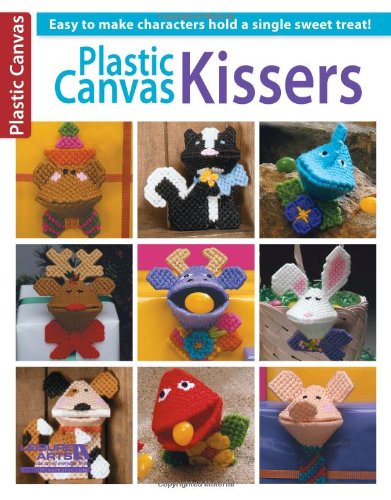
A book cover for Plastic Canvas Kisses (Leisure Arts #5830); Dick Martin; Crafts, Hobbies & Home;